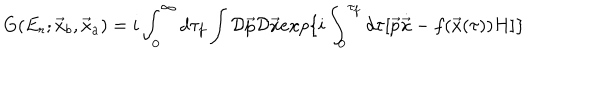
G ( E _ { r } ; \vec { x } _ { b } , \vec { x } _ { a } ) = i \int _ { 0 } ^ { \infty } d \tau _ { f } \int { \cal D } \vec { p } { \cal D } \vec { x } e x p \{ i \int _ { 0 } ^ { \tau _ { f } } d \tau [ \vec { p } \dot { \vec { x } } - f ( \vec { x } ( \tau ) ) H ] \}